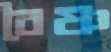
বৈষ্ণ